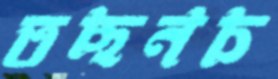
তছনচ